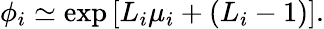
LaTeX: \phi_{i}\simeq\exp\left[L_{i}\mu_{i}+(L_{i}-1)\right].